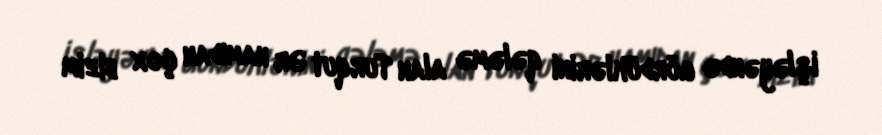
işləyəndə gördüklərini qələmə alan Turqut Ər hamıdan çox bizim